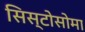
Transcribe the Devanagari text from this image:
सिस्टोसोमा